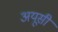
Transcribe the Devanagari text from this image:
अयूसी